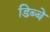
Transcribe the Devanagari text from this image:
डिब्बे